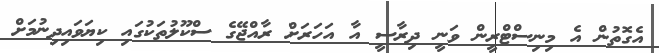
އެގޮތުން އެ މިނިސްޓްރީން ވަނީ ދިރާސީ އާ އަހަރަށް ރާއްޖޭގެ ސްކޫލުތަކުގައި ކިޔަވައިދިނުމަށް